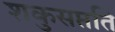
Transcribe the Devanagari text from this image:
शकुसप्तति